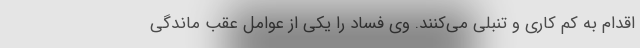
اقدام به کم کاری و تنبلی می‌کنند. وی فساد را یکی از عوامل عقب ماندگی